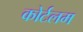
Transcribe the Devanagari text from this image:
कोर्टलम